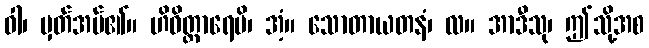
ဝါ၊ မှတ်အပ်၏။ ဟိဝိတ္တာရေမိ၊ အံ့။ သောတာယတနံ၊ လ။ အာဒီသု၊ ဤသို့အစ